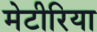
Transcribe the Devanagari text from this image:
मेटीरिया